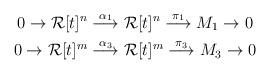
LaTeX: \begin{gather*}0 \to \mathcal{R}[t]^{n} \stackrel{\alpha_{1}}\longrightarrow \mathcal{R}[t]^{n} \stackrel{\pi_{1}}\longrightarrow M_{1} \to 0\\0 \to \mathcal{R}[t]^{m} \stackrel{\alpha_{3}}\longrightarrow \mathcal{R}[t]^{m} \stackrel{\pi_{3}}\longrightarrow M_{3} \to 0\end{gather*}